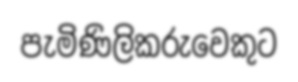
පැමිණිලිකරුවෙකුට